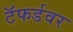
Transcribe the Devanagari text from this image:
टॅफर्डवर